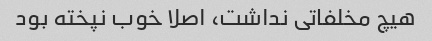
هیچ مخلفاتی نداشت، اصلا خوب نپخته بود